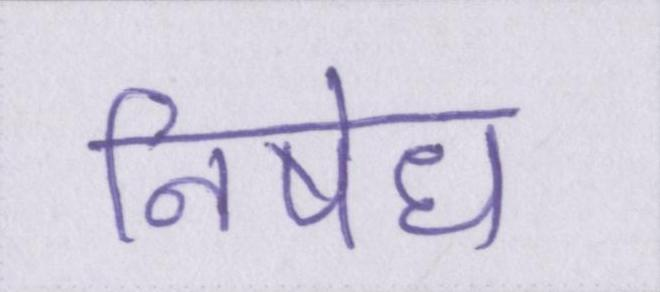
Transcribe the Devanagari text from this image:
निषेध